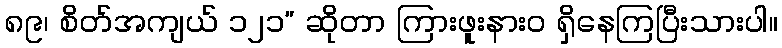
၈၉၊ စိတ်အကျယ် ၁၂၁” ဆိုတာ ကြားဖူးနားဝ ရှိနေကြပြီးသားပါ။